Punjab Mental Hospital Lahore 1922-31 - 1922-1931
Year: 1922
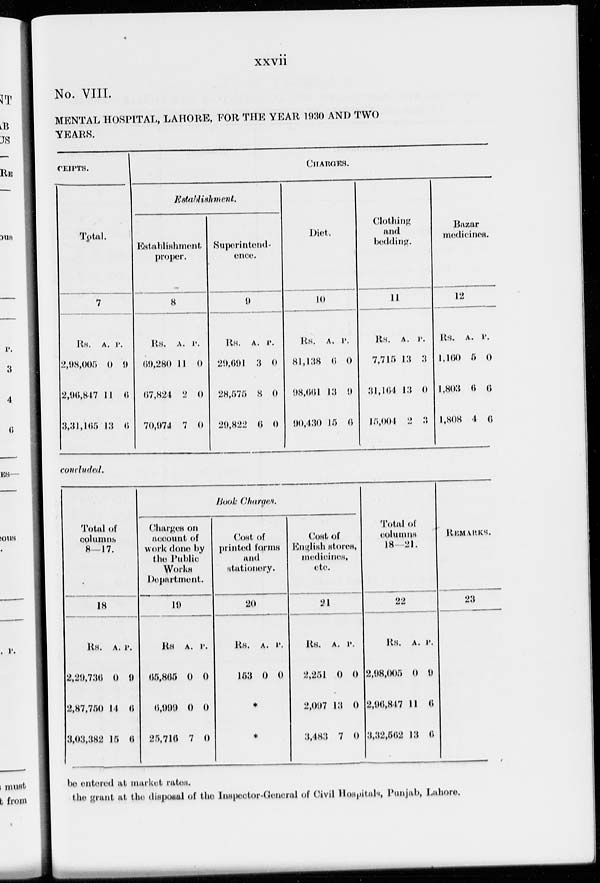
xxvii
No. VIII.
MENTAL HOSPITAL, LAHORE, FOR THE YEAR 1930 AND TWO
YEARS.
CEIPTS.
Total.
7
Rs.
2,98,005
2,96,847
3,31,165
A.
0
11
13
P.
9
6
6
CHARGES.
Establishment.
Establishment
proper.
8
Rs.
69,280
67,824
70,974
A.
11
2
7
P.
0
0
0
Superintend-
ence.
9
Rs.
29,691
28,575
29,822
A.
3
8
6
P.
0
0
0
Diet.
10
Rs.
81,138
98,661
90,430
A.
6
13
15
P.
0
9
6
Clothing
and
bedding.
11
Rs.
7,715
31,164
15,004
A.
13
13
2
P.
3
0
3
Bazar
medicines.
12
Rs.
1,100
1,803
1,808
A.
5
6
4
P.
0
6
6
concluded.
Total of
columns
8—17.
18
Rs.
2,29,736
2,87,750
3,03,382
A.
0
14
15
P.
9
6
6
Book Charges.
Charges on
account of
work done by
the Public
Works
Department.
19
Rs
65,865
6,999
25,716
A.
0
0
7
P.
0
0
0
Cost of
printed forms
and
stationery.
20
Rs.
153
A.
0
P.
0
*
*
Cost of
English stores,
medicines,
etc.
21
Rs.
2,251
2,097
3,483
A.
0
13
7
P.
0
0
0
Total of
columns
18—21.
22
Rs.
2,98,005
2,96,847
3,32,562
A.
0
11
13
P.
9
6
6
REMARKS.
23
be entered at market rates.
the grant at the disposal of the Inspector-General of Civil Hospitals, Punjab, Lahore.